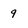
Character: 9